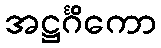
အဋ္ဌင်္ဂိကော